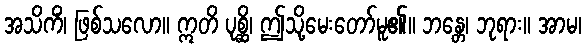
အသိကိံ၊ ဖြစ်သလော။ ဣတိ ပုစ္ဆိ၊ ဤသို့မေးတော်မူ၏။ ဘန္တေ၊ ဘုရား။ အာမ၊